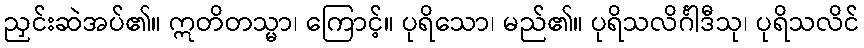
ညှင်းဆဲအပ်၏။ ဣတိတသ္မာ၊ ကြောင့်။ ပုရိသော၊ မည်၏။ ပုရိသလိင်္ဂါဒီသု၊ ပုရိသလိင်